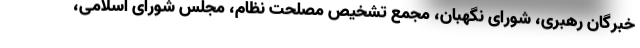
خبرگان رهبری، شورای نگهبان، مجمع تشخیص مصلحت نظام، مجلس شورای اسلامی،